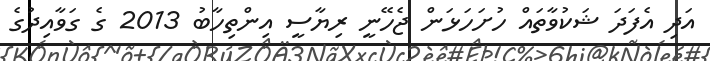
އަދި އެފަދަ ޝަކުވާތައް ހުށަހަޅަން ޖެހޭނީ ރިޔާސީ އިންތިހާބު 2013 ގެ ގަވާއިދުގެ